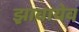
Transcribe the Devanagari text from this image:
झ़ाबायेव